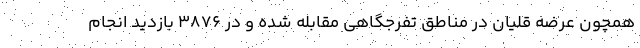
همچون عرضه قلیان در مناطق تفرجگاهی مقابله شده و در ۳۸۷۶ بازدید انجام